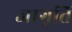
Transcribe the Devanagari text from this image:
जागृति